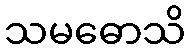
သမဓောသိ